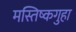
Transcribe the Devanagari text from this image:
मस्तिष्कगुहा